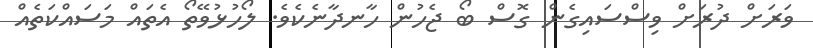
ވަރަށް ދުރަށް ވިސްސައިގެން ގޮސް ބޯ ޖެހުން ހާނދާނެކެވެ. ލޯހުޅުވޭތޯ އެތައް މަސައްކަތެއް